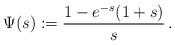
LaTeX: \begin{align*}\Psi(s):=\frac{1-e^{-s}(1+s)}{s}\,.\end{align*}